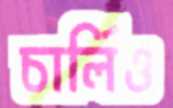
চার্লিও